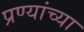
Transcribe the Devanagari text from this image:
प्रण्यांच्या